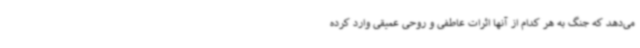
می‌دهد که جنگ به هر کدام از آنها اثرات عاطفی و روحی عمیقی وارد کرده